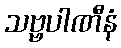
သဗ္ဗပါဏီနံ